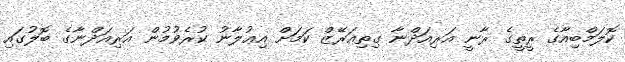
ކޮލަމްބިއާގެ ރީތީގެ ރާނީ އަރިއަދްނާ ގިތިއަރޭޒް ކަމަށް އިޢުލާނު ކުރެވުމުން އަރިއަދްނާގެ ބޮލުގައި